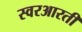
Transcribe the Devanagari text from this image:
स्वरआरती